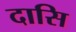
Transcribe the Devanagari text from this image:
दासि